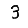
Digit: 3